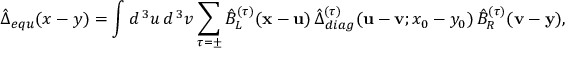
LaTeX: \hat { \Delta } _ { e q u } ( x - y ) = \int d ^ { \, 3 } u \, d ^ { \, 3 } v \sum _ { \tau = \pm } \hat { B } _ { L } ^ { ( \tau ) } ( { \bf x } - { \bf u } ) \, \hat { \Delta } _ { d i a g } ^ { ( \tau ) } ( { \bf u } - { \bf v } ; x _ { 0 } - y _ { 0 } ) \, \hat { B } _ { R } ^ { ( \tau ) } ( { \bf v } - { \bf y } ) ,